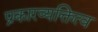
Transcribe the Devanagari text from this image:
प्रकारव्यक्तित्व